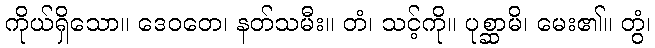
ကိုယ်ရှိသော။ ဒေဝတေ၊ နတ်သမီး။ တံ၊ သင့်ကို။ ပုစ္ဆာမိ၊ မေး၏။ တွံ၊